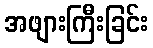
အဖျားကြီးခြင်း